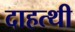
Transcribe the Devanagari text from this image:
दाहत्थी